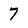
Character: 7